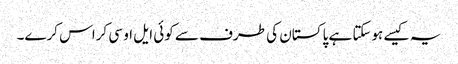
یہ کیسے ہوسکتا ہے پاکستان کی طرف سے کوئی ایل او سی کراس کرے۔